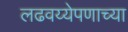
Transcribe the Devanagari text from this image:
लढवय्येपणाच्या